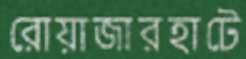
রোয়াজারহাটে